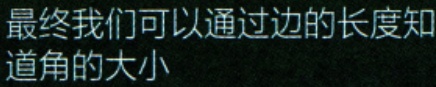
最终我们可以通过边的长度知
道角的大小